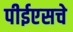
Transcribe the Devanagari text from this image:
पीईएसचे